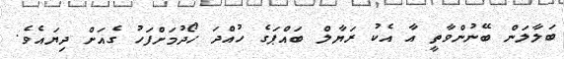
ބަލާލަން ބޭނުންވާތީ އާ އެކު ރަޔާލް ބައްޕަގެ ހުއްދަ ހޯދުމަށްފަހު ގެއަށް ދިޔައެވެ.